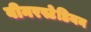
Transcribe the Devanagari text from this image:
वीनरस्टेडियन